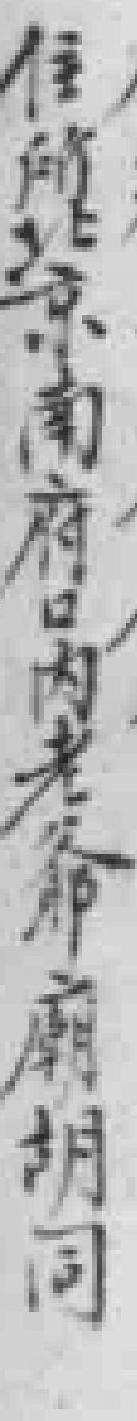
住所北京南府口內老爺廟胡同